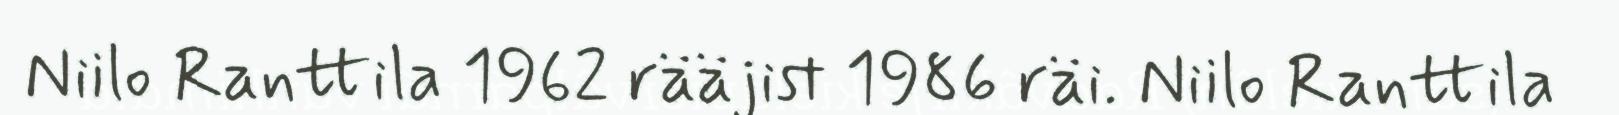
Niilo Ranttila 1962 rääjist 1986 räi. Niilo Ranttila